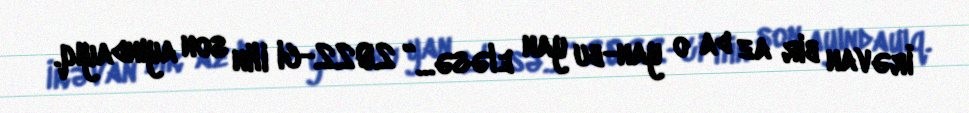
İrəvan bir az da o yan-bu yan eləsə...” 2022-ci ilin son ayındayıq.